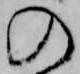
の